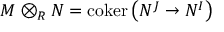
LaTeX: M \otimes _ { R } N = \operatorname { c o k e r } \left( N ^ { J } \to N ^ { I } \right)